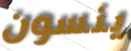
ينسون